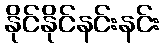
နိုင်နိုင်နင်းနင်း